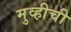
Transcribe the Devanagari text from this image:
मुव्हीची